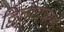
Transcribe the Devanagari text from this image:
द्वितीयपरार्वे